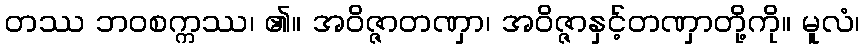
တဿ ဘဝစက္ကဿ၊ ၏။ အဝိဇ္ဇာတဏှာ၊ အဝိဇ္ဇာနှင့်တဏှာတို့ကို။ မူလံ၊